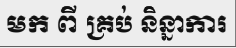
មក ពី គ្រប់ និន្នាការ